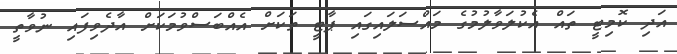
އަދި ކޮމިޓީ ތައް އެކުލަވާލުމުގެ މައްސަލައިގައި ޕާޓީ ތަކަށް އެއްްބަސްވުމަކަށް އާދެވިފައި ނުވާތީ